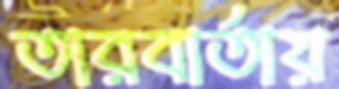
তারবার্তায়